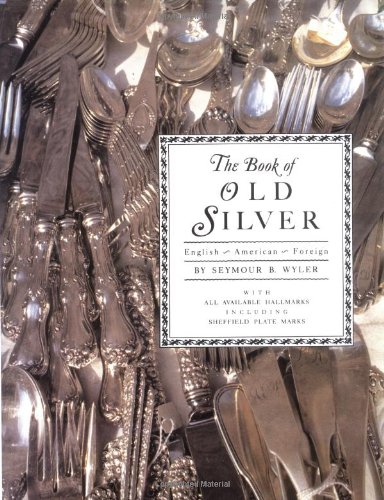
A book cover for The Book of Old Silver: English, American, Foreign with All Available Hallmarks including Sheffield Plate Marks; Seymour B. Wyler; Crafts, Hobbies & Home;